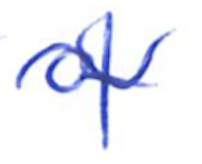
Text: of
Cross-out: wave
Writing tool: ballpoint